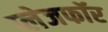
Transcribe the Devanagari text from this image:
प्लेजफॉर